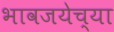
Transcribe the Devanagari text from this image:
भावजयेच्या